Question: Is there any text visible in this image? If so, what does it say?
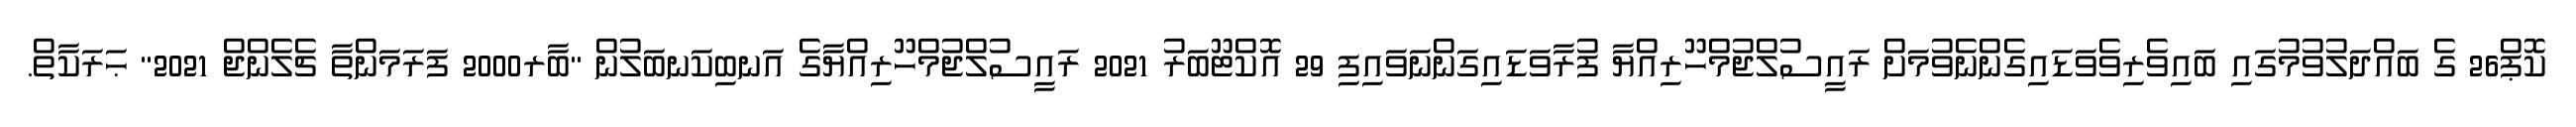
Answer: ކޮޕް26 ގެ ބައްދަލުވުމުގައި ބައިވެރިވެވަޑައިގެންނެވުމަށް ރައީސުލްޖުމްހޫރިއްޔާ ފުރާވަޑައިގަންނަވައިފި 29 އޮކްޓޫބަރު 2021 ރައީސުލްޖުމްހޫރިއްޔާގެ އަނބިކަނބަލުން "ބާރ2000 ފަރަމަންތާ ޗެލެންޖް 2021" ޙަރަކާތް.